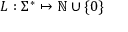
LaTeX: L : \Sigma ^ { * } \mapsto \mathbb { N } \cup \{ 0 \}